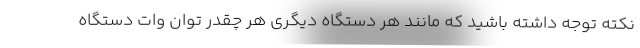
نکته توجه داشته باشید که مانند هر دستگاه دیگری هر چقدر توان وات دستگاه